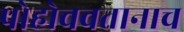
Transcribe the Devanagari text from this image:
पोहोचवतानाच